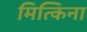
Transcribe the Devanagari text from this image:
मित्किना